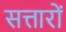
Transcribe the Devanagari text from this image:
सत्तारों